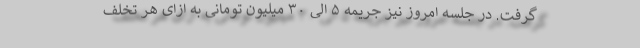
گرفت. در جلسه امروز نیز جریمه ۵ الی ۳۰ میلیون تومانی به ازای هر تخلف